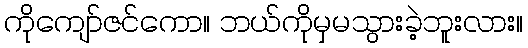
ကိုကျော်ဇင်ကော။ ဘယ်ကိုမှမသွားခဲ့ဘူးလား။